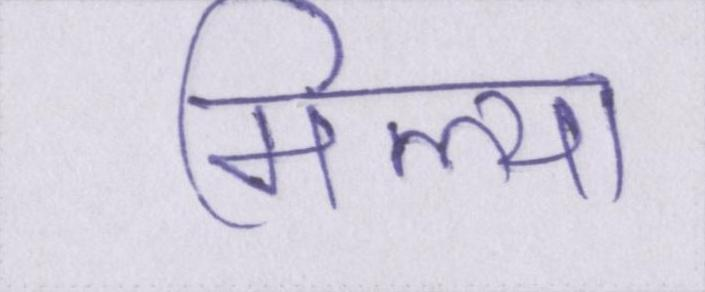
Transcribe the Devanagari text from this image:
मिल्या